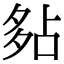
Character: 𡖞